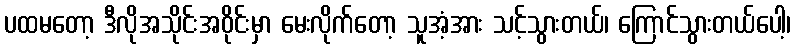
ပထမတော့ ဒီလိုအသိုင်းအဝိုင်းမှာ မေးလိုက်တော့ သူအံ့အား သင့်သွားတယ်၊ ကြောင်သွားတယ်ပေါ့၊